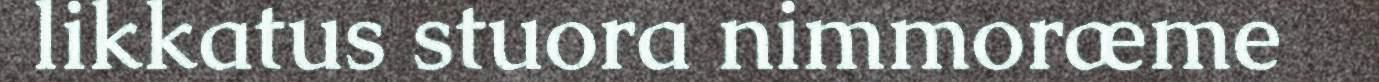
likkatus stuora nimmoræme